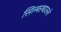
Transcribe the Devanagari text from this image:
सिल्बरबाउरने